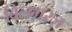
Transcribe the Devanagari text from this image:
बिलग़रज़